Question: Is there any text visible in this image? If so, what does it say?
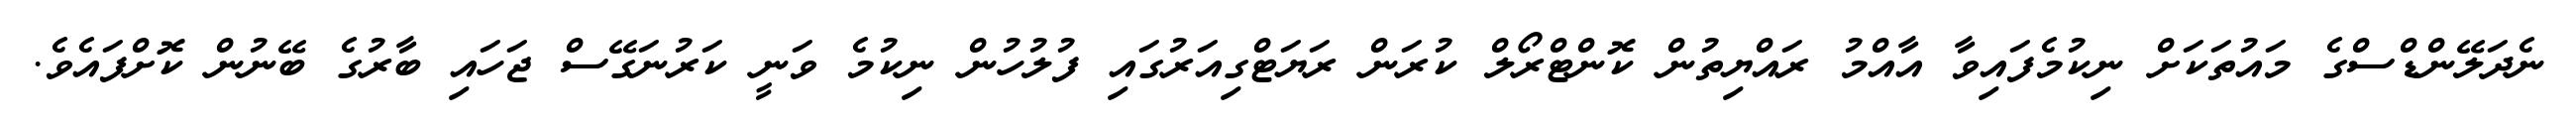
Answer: ނެދަލޭންޑްސްގެ މައުތަކަށް ނިކުމެފައިވާ އާއްމު ރައްޔިތުން ކޮންޓްރޯލް ކުރަން ރަޔަޓްގިއަރުގައި ފުލުހުން ނިކުމެ ވަނީ ކަރުނަގޭސް ޖަހައި ބާރުގެ ބޭނުން ކޮށްފައެވެ.